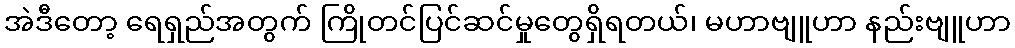
အဲဒီတော့ ရေရှည်အတွက် ကြိုတင်ပြင်ဆင်မှုတွေရှိရတယ်၊ မဟာဗျူဟာ နည်းဗျူဟာ